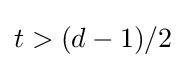
t>(d-1)/2